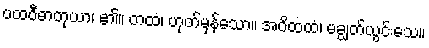
ပထဝီဓာတုယာ၊ ၏။ တထံ၊ ဟုတ်မှန်သော။ အဝိထထံ၊ မချွတ်ယွင်းသေ။